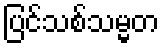
ပြင်သစ်သမ္မတ